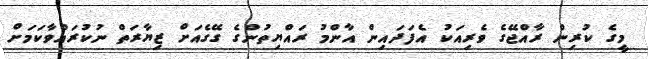
މީގެ ކުރިން ރާއްޖޭގެ ވެރިއަކު އެފަދައިން އާންމު ރައްޔިތުންގެ ގޭގެއަށް ޒިޔާރަތް ނުކުރައްވާކަމަށް